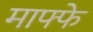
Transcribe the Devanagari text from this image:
माफ्फे